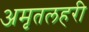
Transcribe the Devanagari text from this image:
अमृतलहरी